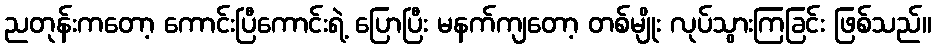
ညတုန်းကတော့ ကောင်းပြီကောင်းရဲ့ ပြောပြီး မနက်ကျတော့ တစ်မျိုး လုပ်သွားကြခြင်း ဖြစ်သည်။